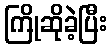
ကြိုဆိုခဲ့ပြီး